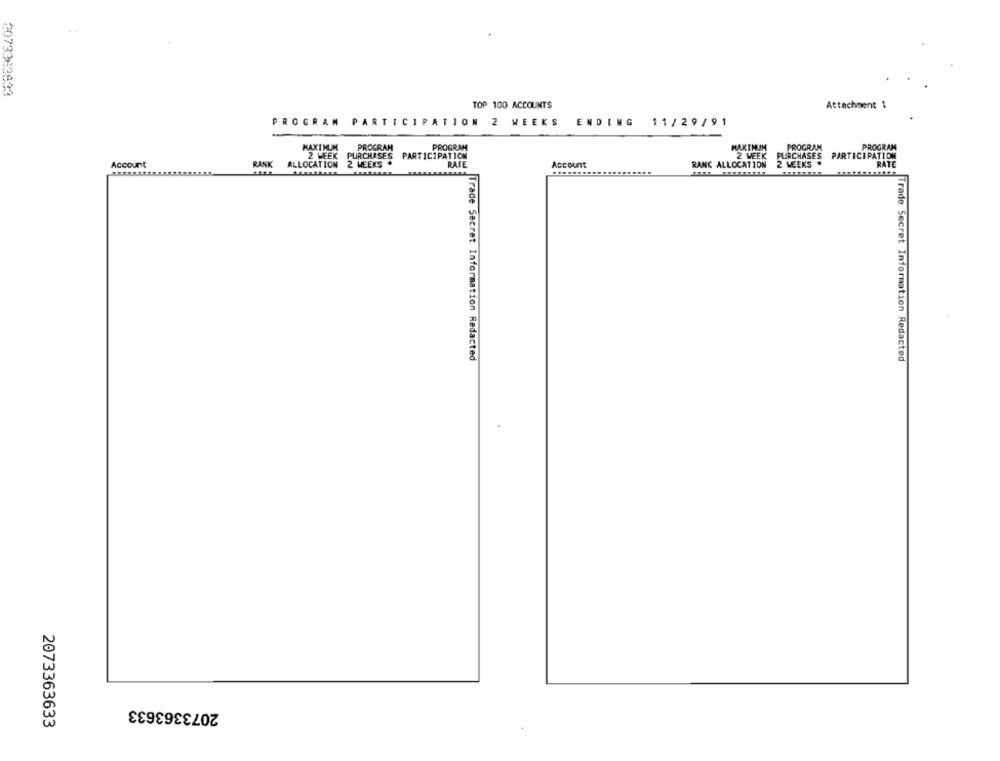
2073363633
TOP 100 ACCOUNTS
Attachment 1
PROGRAM PARTICIPATION 2 WEEKS
ENDING
11/29/91
MAXIMUM
PROGRAM
PROGRAM
MAXIMUM
PROGRAM
PROGRAM
2 WEEK
PURCHASES PARTICIPATION
2 WEEK
PURCHASES PARTICIPATION
Account
RANK
ALLOCATION 2 WEEKS .
RATE
Account
RANK ALLOCATION 2 WEEKS
RATE
Trade Secret Information Redacted
Trade Secret Information Redacted
2073363633
2073363633